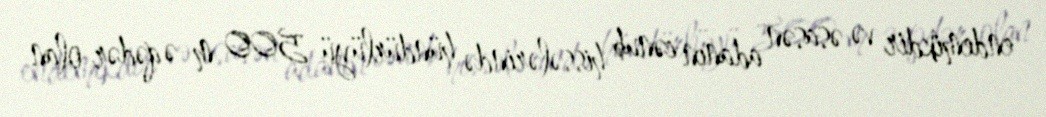
endemikdir və əsasən adanın cənub hissələrində hündürlüyü 500 m-ə qədər olan